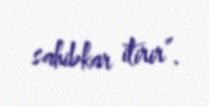
sahibkar itirir”.